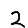
Digit: 2